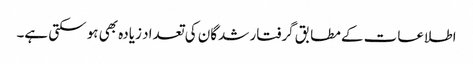
اطلاعات کے مطابق گرفتار شدگان کی تعداد زیادہ بھی ہو سکتی ہے۔